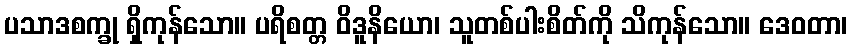
ပသာဒစက္ခု ရှိကုန်သော။ ပရိစတ္တ ဝိဒူနိယော၊ သူတစ်ပါးစိတ်ကို သိကုန်သော။ ဒေဝတာ၊